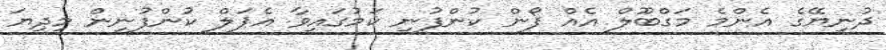
ދުނިޔޭގެ އެންމެ މަގްބޫލް އެއް ފޯން ކުންފުނި ކަމުގައިވާ އެޕަލް ކުންފުނިން މިދިޔަ